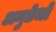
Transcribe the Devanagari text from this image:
अनुछेधों